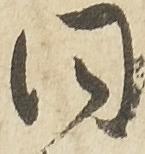
同